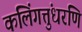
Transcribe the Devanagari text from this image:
कलिंगत्तुंधरणि